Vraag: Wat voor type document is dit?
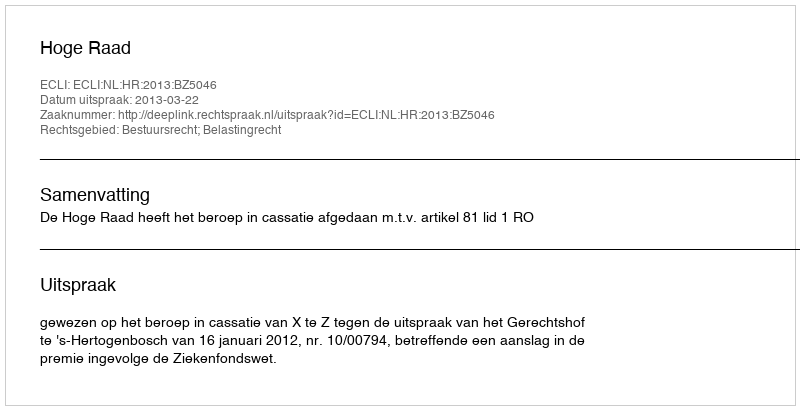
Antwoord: Uitspraak